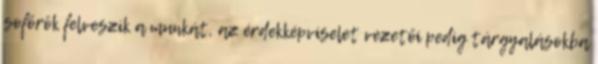
sofőrök felveszik a munkát, az érdekképviselet vezetői pedig tárgyalásokba